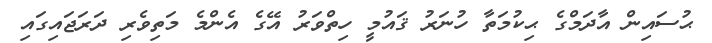
ޙުސައިން އާދަމްގެ ޙިކުމަތާ ހުނަރު ޤައުމީ ހިތްވަރު އޭގެ އެންމެ މަަތިވެރި ދަރަޖައިގައި